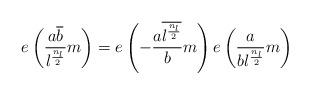
LaTeX: \begin{align*}e\left(\frac{a\overline{b}}{l^{\frac{n_l}{2}}}m\right) = e\left(-\frac{a\overline{l^{\frac{n_l}{2}}}}{b}m\right)e\left(\frac{a}{bl^{\frac{n_l}{2}}}m\right) \end{align*}